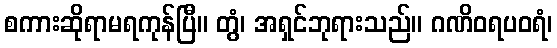
စကားဆိုရာမရကုန်ပြီ။ တွံ၊ အရှင်ဘုရားသည်။ ဂဏိဝရပဝရံ၊